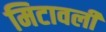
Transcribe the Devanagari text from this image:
मिटावली